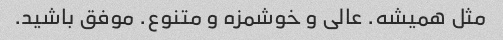
مثل همیشه. عالی و خوشمزه و متنوع. موفق باشید.